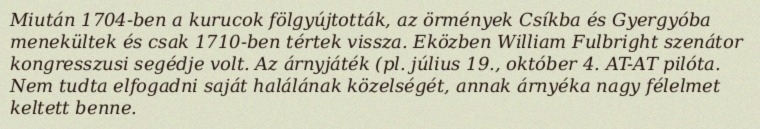
Miután 1704-ben a kurucok fölgyújtották, az örmények Csíkba és Gyergyóba menekültek és csak 1710-ben tértek vissza. Eközben William Fulbright szenátor kongresszusi segédje volt. Az árnyjáték (pl. július 19., október 4. AT-AT pilóta. Nem tudta elfogadni saját halálának közelségét, annak árnyéka nagy félelmet keltett benne.